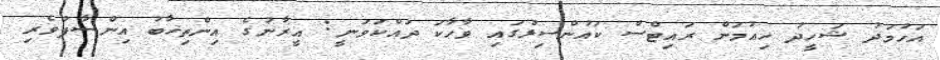
އަހުމަދު ޝަހީދު ހިއުމަން ރައިޓްސް ކައުންސިލުގައި ވާހާކަ ދައްކަވަނީ: އީރާނުގެ އިންތިޚާބު އިންސާފުވެރި